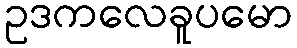
ဥဒကလေခူပမော